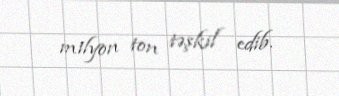
milyon ton təşkil edib.